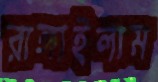
রাঙ্গাইলাম